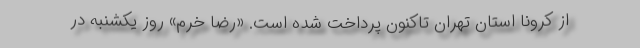
از کرونا استان تهران تاکنون پرداخت شده است. «رضا خرم» روز یکشنبه در